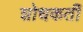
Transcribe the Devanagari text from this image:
शोधकर्ती